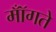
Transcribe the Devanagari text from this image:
मॉँगते